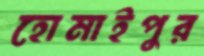
হোমাইপুর